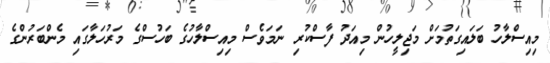
މިއިސްލާހު ބަލައިގަތުމަށް މަޖިލީހުން މިއަދު ފާސްކުރި ނަމަވެސް މިއިސްލާހުގެ ބަހުސްގެ މަރުހަލާގައި މެންބަރުންގެ